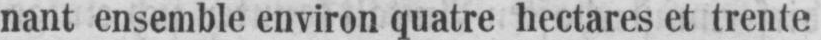
nant ensemble environ quatre hectares et trente